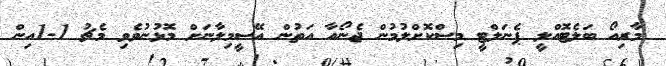
މާރިއޯ ބަލެޓޮއްލީ ޕެނަލްޓީ މިސްކޮށްލުމުން ޖެނޯއާ އަތުން އޭސީމިލާނަށް މޮޅުނުވެވި މެޗު 1-1އިން